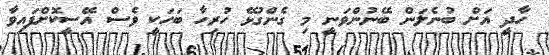
ހާދީ އަށް ބުނެލަން ބޭނުންވަނީ މި ގެންގުޅޭ ހުރިހާ ބަހަކީ ވެސް އޭސީކޮށްފައިވާ